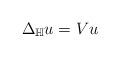
LaTeX: \begin{align*}\Delta_{\mathbb{H}} u = Vu\end{align*}